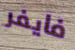
فايفر